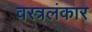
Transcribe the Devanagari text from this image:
वस्त्रलंकार